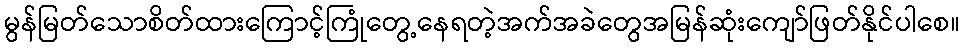
မွန်မြတ်သောစိတ်ထားကြောင့်ကြုံတွေ့နေရတဲ့အက်အခဲတွေအမြန်ဆုံးကျော်ဖြတ်နိုင်ပါစေ။